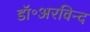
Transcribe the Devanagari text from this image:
डॉ॰अरविन्द